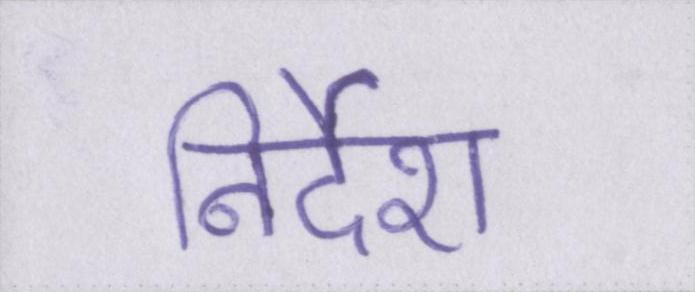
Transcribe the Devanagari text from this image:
निर्देश